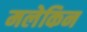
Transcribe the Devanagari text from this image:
मलेकिन